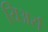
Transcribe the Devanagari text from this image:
यिअर्स